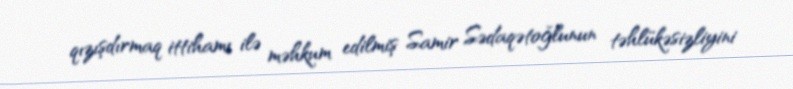
qızışdırmaq ittihamı ilə məhkum edilmiş Samir Sədaqətoğlunun təhlükəsizliyini